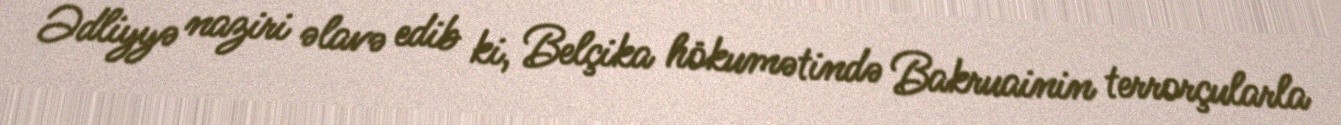
Ədliyyə naziri əlavə edib ki, Belçika hökumətində Bakruainin terrorçularla